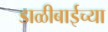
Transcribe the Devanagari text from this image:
डाळीबाईच्या